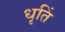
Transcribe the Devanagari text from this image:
धृतिं